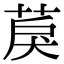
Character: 䓞